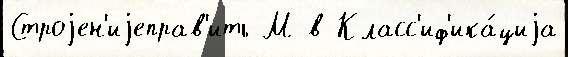
Строjен'иjеправ'ить М в Класс'иф'ика́циjа